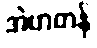
အဲဗာတန်